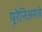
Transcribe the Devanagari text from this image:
यूरेनिअमचे